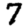
Digit: 7